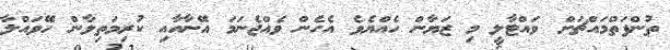
ތުންފަތްމައްޗަށް ވައްޓާލީ މި ޒަޔާން ހެއްޔެވެ އެހެން ވެއްޖެނަމަ އޭނާއާއި ކުރިމަތިލާން ހޭވައްލާ